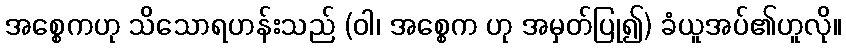
အစ္စေကဟု သိသောရဟန်းသည် (ဝါ၊ အစ္စေက ဟု အမှတ်ပြု၍) ခံယူအပ်၏ဟူလို။